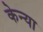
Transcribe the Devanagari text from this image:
केन्‍या